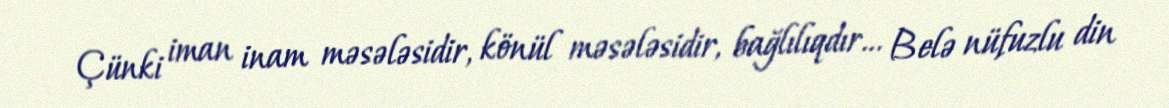
Çünki iman inam məsələsidir, könül məsələsidir, bağlılıqdır… Belə nüfuzlu din